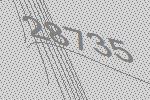
28735